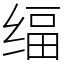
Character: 䌿